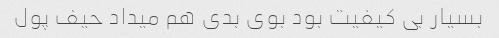
بسیار بی کیفیت بود بوی بدی هم میداد حیف پول